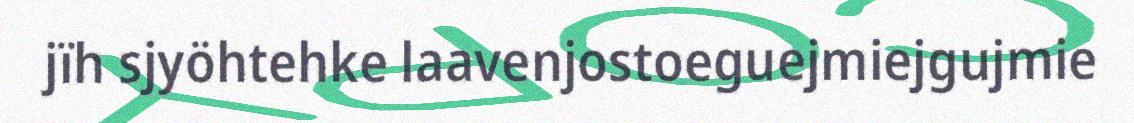
jïh sjyöhtehke laavenjostoeguejmiejgujmie